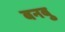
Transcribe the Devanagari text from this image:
बनबु